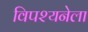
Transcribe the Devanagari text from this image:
विपश्यनेला